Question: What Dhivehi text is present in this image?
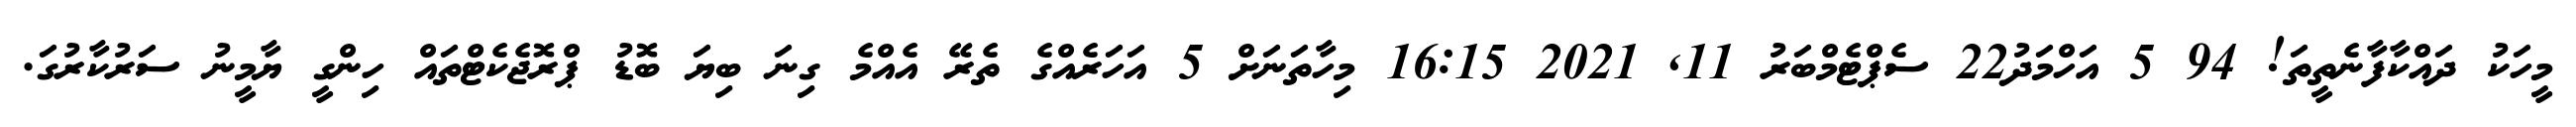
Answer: މީހަކު ދައްކާފާނެތީތަ! 94 5 އަހްމަދު22 ސެޕްޓެމްބަރު 11, 2021 16:15 މިހާތަނަށް 5 އަހަރެއްގެ ތެރޭ އެއްމެ ގިނަ ބިޔަ ބޮޑު ޕްރޮޖެކެޓްތައް ހިންގީ ޔާމީނު ސަރުކާރުގަ.